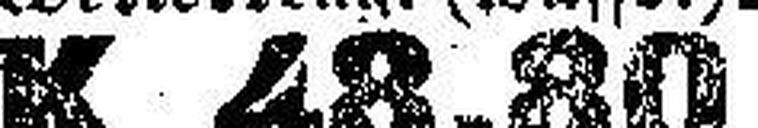
K 48.80